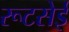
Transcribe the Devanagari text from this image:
रूटसेई